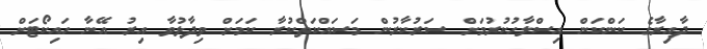
ދާއިރާގެ ކަންކަން އިސްލާހުކުރުމަށް ސަރުކާރުން މަސައްކަތްކުރާ ކަމަށް ވިދާޅުވާ އިރު އޭނާ ހައިކޯޓަށް